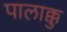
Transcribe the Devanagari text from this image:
पालाक्कु